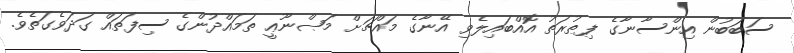
ސަބަބުން އިންސާނާގެ ފިޠުރަތު އޮއްބައިލެވި އޭނާގެ މައްޗަށް މަޞްނޫޢީ ތަމައްދުންގެ ސިފަތައް ގަދަވެގަތެވެ.